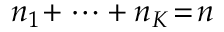
n _ { 1 } \! + \cdots + n _ { K } \! = \! n